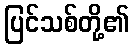
ပြင်သစ်တို့၏